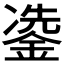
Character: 𮷳